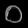
Digit: ၀